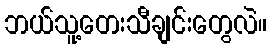
ဘယ်သူ့တေးသီချင်းတွေလဲ။